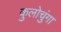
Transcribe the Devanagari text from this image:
कुलोचुंगा